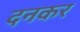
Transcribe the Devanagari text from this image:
दनकर